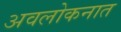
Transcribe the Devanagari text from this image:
अवलोकनात